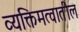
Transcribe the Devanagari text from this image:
व्यक्तिमत्वातील